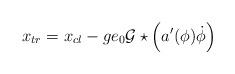
LaTeX: \begin{align*}x_{tr}=x_{cl}-ge_{0}{\cal G}\star\left(a^{\prime}(\phi)\dot\phi\right)\end{align*}